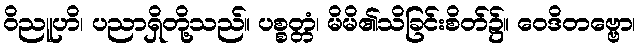
ဝိညူဟိ၊ ပညာရှိတို့သည်။ ပစ္စတ္တံ၊ မိမိ၏သိခြင်းစိတ်၌။ ဝေဒိတဗ္ဗော၊